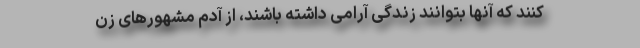
کنند که آنها بتوانند زندگی آرامی داشته باشند، از آدم‌ مشهورهای زن